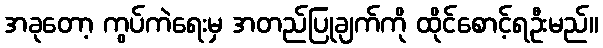
အခုတော့ ကွပ်ကဲရေးမှ အတည်ပြုချက်ကို ထိုင်စောင့်ရဦးမည်။